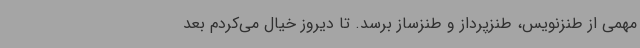
مهمی از طنزنویس، طنزپرداز و طنزساز برسد. تا دیروز خیال می‌کردم بعد